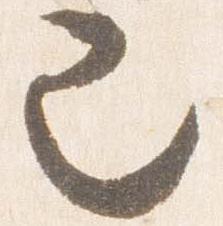
也